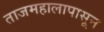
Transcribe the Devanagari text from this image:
ताजमहालापासून